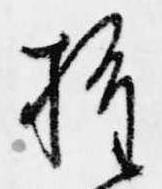
推